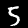
Digit: 5